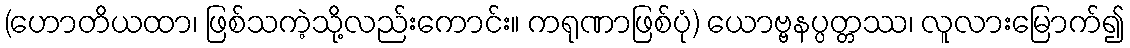
(ဟောတိယထာ၊ ဖြစ်သကဲ့သို့လည်းကောင်း။ ကရုဏာဖြစ်ပုံ) ယောဗ္ဗနပ္ပတ္တဿ၊ လူလားမြောက်၍